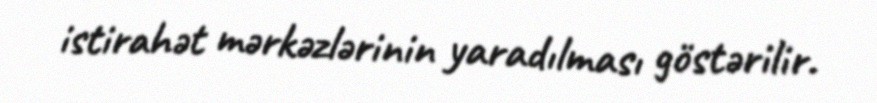
istirahət mərkəzlərinin yaradılması göstərilir.